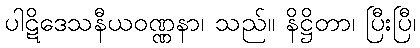
ပါဋိဒေသနီယဝဏ္ဏနာ၊ သည်။ နိဋ္ဌိတာ၊ ပြီးပြီ၊